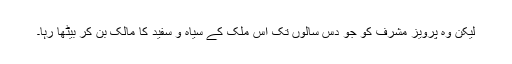
لیکن وہ پرویز مشرف کو جو دس سالوں تک اس ملک کے سیاہ و سفید کا مالک بن کر بیٹھا رہا۔